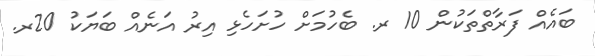
ބައެއް ފަރާތްތަކުން 10 ރ. ބެހުމަށް ހުށަހެޅި އިރު އަނެއް ބަޔަކު 20ރ.